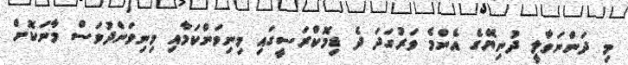
މި ދަންނަވާލީ ދުނިޔޭގެ އެންމެ ވަރުގަދަ ދެ ޑިމޮކްރަސީގައި މިނިވަންކަމާއި މިނިވަންދުވަސް މާނަކޮށް